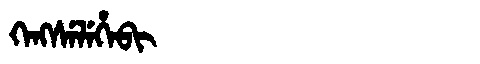
Manchu: ᡴᡝᠩᠰᡝᠯᡝᡥᡝᠪᡳ
Romanization: KENGSELEHEBI